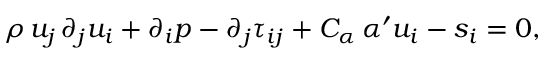
\rho \, u _ { j } \, \partial _ { j } u _ { i } + \partial _ { i } p - \partial _ { j } \tau _ { i j } + C _ { \alpha } \, \alpha ^ { \prime } u _ { i } - s _ { i } = 0 ,